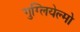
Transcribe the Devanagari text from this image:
गुग्लियेल्मो